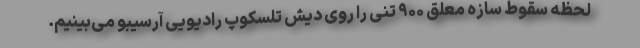
لحظه سقوط سازه معلق ۹۰۰ تنی را روی دیش تلسکوپ رادیویی آرسیبو می‌بینیم.